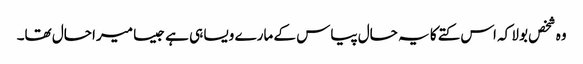
وہ شخص بولا کہ اس کتے کا یہ حال پیاس کے مارے ویسا ہی ہے جیسا میرا حال تھا۔